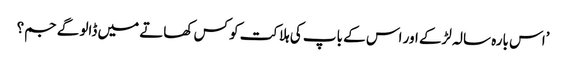
’اس بارہ سالہ لڑکے اور اس کے باپ کی ہلاکت کو کس کھاتے میں ڈالو گے جم؟